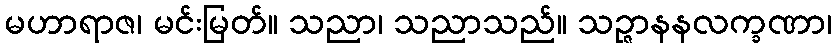
မဟာရာဇ၊ မင်းမြတ်။ သညာ၊ သညာသည်။ သဉ္ဇာနနလက္ခဏာ၊